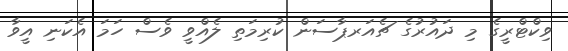
ވިކްޓްރީގެ މި ދައުރުގެ ޗެއަރޕާސަން ކުރިމަތި ލެއްވީ ވެސް ހަމަ އެކަނި އީވާ